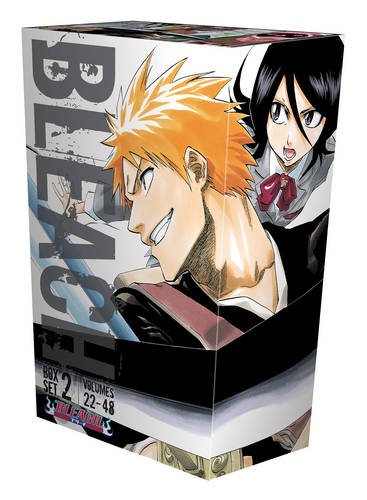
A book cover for Bleach Box Set 2: Volumes 22-48 with Premium; Tite Kubo; Comics & Graphic Novels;